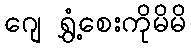
ဂျေ ရွှံ့စေးကိုမိမိ